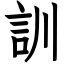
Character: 訓